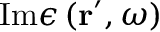
\mathrm { I m } \epsilon \left( \mathbf { r } ^ { \prime } , \omega \right)